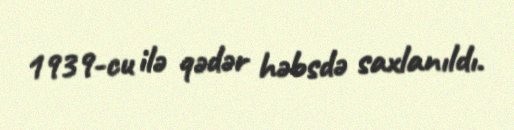
1939-cu ilə qədər həbsdə saxlanıldı.